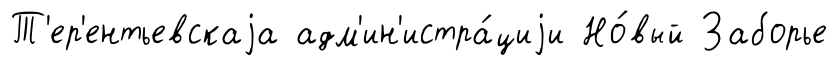
Т'ер'ентьевскаjа адм'ин'истра́циjи Но́вый Заборье